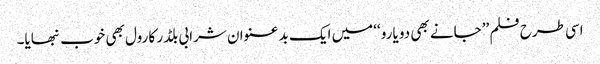
اسی طرح فلم ’’جانے بھی دو یارو ‘‘میں ایک بد عنوان شرابی بلڈر کا رول بھی خوب نبھایا۔